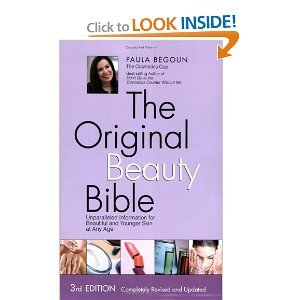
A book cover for The Original Beauty Bible: Skin Care Facts for Ageless Beauty; Health, Fitness & Dieting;